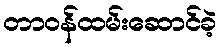
တာဝန်ထမ်းဆောင်ခဲ့